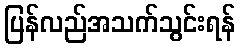
ပြန်လည်အသက်သွင်းရန်